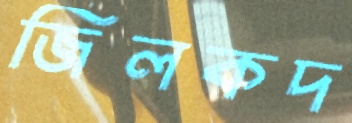
জিলকদ